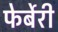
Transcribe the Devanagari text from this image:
फेर्बेरी